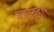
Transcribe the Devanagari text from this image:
व्ययवहार